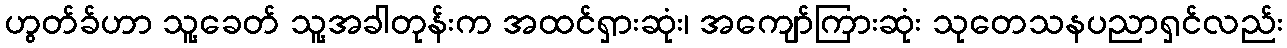
ဟွတ်ခ်ဟာ သူ့ခေတ် သူ့အခါတုန်းက အထင်ရှားဆုံး၊ အကျော်ကြားဆုံး သုတေသနပညာရှင်လည်း